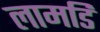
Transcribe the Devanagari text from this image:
लामडि